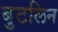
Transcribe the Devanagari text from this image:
बुटलिन